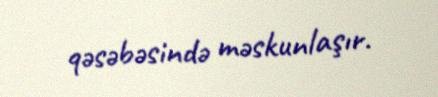
qəsəbəsində məskunlaşır.